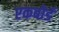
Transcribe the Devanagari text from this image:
एकबोर्ड